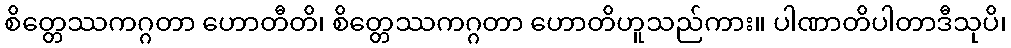
စိတ္တေဿကဂ္ဂတာ ဟောတီတိ၊ စိတ္တေဿကဂ္ဂတာ ဟောတိဟူသည်ကား။ ပါဏာတိပါတာဒီသုပိ၊